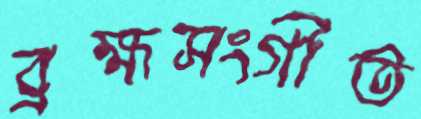
ব্রহ্মসংগীত